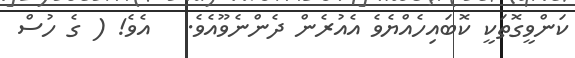
ކަންވީގޮތަކީ ކޮބައިހެއްޔެވެ އެއުރެން ދެންނެވޫއެވެ.   އެވެ! ( ގެ ހުސް